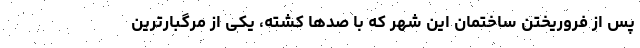
پس از فروریختن ساختمان این شهر که با صدها کشته، یکی از مرگبارترین